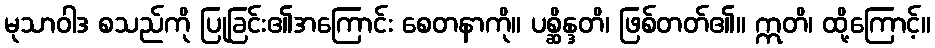
မုသာဝါဒ စသည်ကို ပြုခြင်း၏အကြောင်း စေတနာကို။ ပစ္ဆိန္ဒတိ၊ ဖြစ်တတ်၏။ ဣတိ၊ ထို့ကြောင့်။